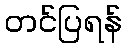
တင်ပြရန်